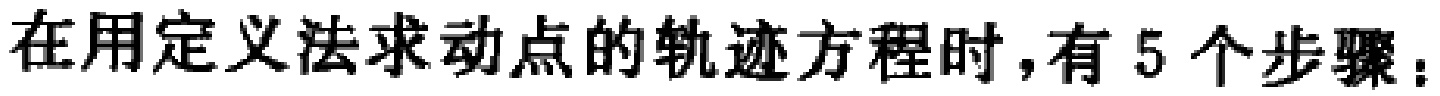
在用定义法求动点的轨迹方程时，有 5 个步骤：